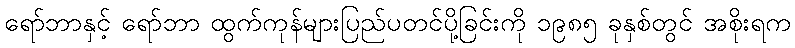
ရော်ဘာနှင့် ရော်ဘာ ထွက်ကုန်များပြည်ပတင်ပို့ခြင်းကို ၁၉၈၅ ခုနှစ်တွင် အစိုးရက